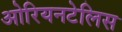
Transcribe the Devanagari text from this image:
ओरियनटेलिस